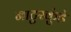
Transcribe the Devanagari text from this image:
नाटुरकुंडे